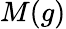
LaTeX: M(g)